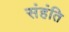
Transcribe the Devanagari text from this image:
संहंति